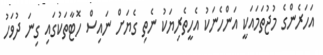
އަހަރެންގެ މުޖުތަމައަކީ އަންހެނަކު އެހީތެރިޔަކު ނެތި ގެޔަށް ނައިސް ހޮޓާތަކުގައި ގިނަ ދުވަހު